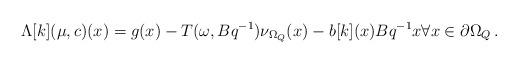
LaTeX: \begin{align*}\Lambda[k](\mu,c)(x)=g(x)-T(\omega,Bq^{-1})\nu_{\Omega_Q}(x)-b[k](x)Bq^{-1}x\forall x \in \partial \Omega_Q\, .\end{align*}